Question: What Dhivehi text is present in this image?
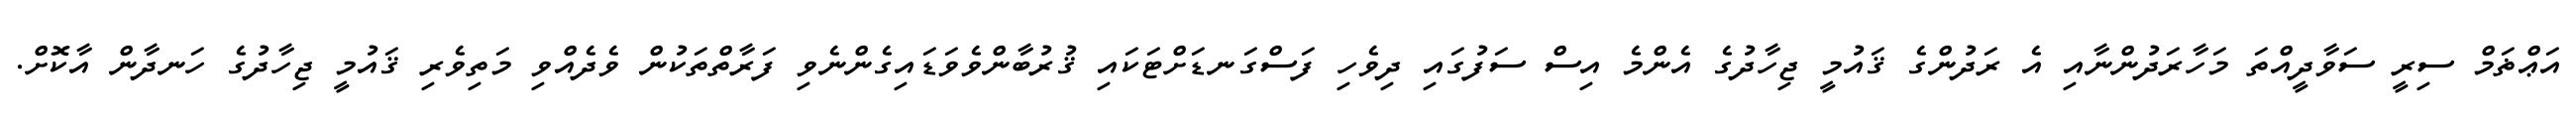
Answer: އަޢްޡަމް ސިރީ ސަވާދީއްތަ މަހާރަދުންނާއި އެ ރަދުންގެ ޤައުމީ ޖިހާދުގެ އެންމެ އިސް ސަފުގައި ދިވެހި ފަސްގަނޑަށްޓަކައި ޤުރުބާންވެވަޑައިގެންނެވި ފަރާތްތަކުން ވެދެއްވި މަތިވެރި ޤައުމީ ޖިހާދުގެ ހަނދާން އާކޮށް.